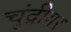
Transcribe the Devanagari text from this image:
चुंद्रीगर